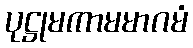
ပုဋ္ဌုမကာမမာဂမံ